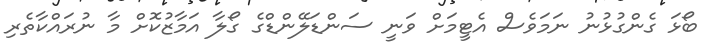
ބޯޅަ ގެންގުޅުނު ނަމަވެސް އެޓީމަށް ވަނީ ސަންޑަލޭންޑްގެ ގޯލާ އަމާޒުކޮށް މާ ނުރައްކާތެރި